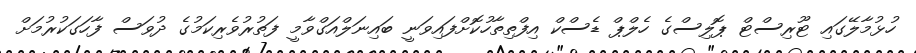
ހުޅުމާލޭގައި ޓޫރިސްޓް ޕޮލިސްގެ ހެލްޕް ޑެސްކް އިފްތިތާހުކޮށްފައިވަނީ ބައިނަލްއަގްވާމީ ފަތުރުވެރިކަމުގެ ދުވަސް ފާހަގަކުރުމަށް